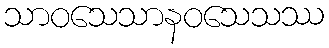
သာဝသေသာနဝသေသဿ